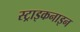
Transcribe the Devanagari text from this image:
स्ट्राइकनाइन